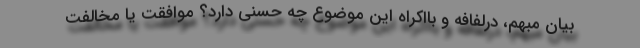
بیان مبهم، درلفافه و بااکراه این موضوع چه حُسنی دارد؟ موافقت یا مخالفت